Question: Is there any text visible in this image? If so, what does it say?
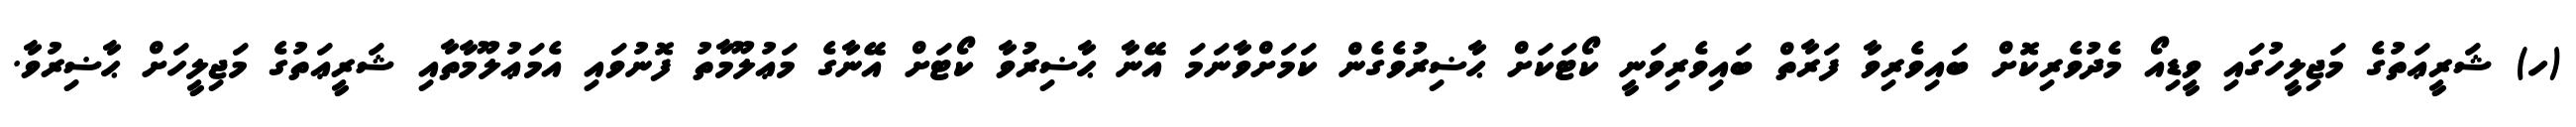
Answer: (ހ) ޝަރީޢަތުގެ މަޖިލީހުގައި ވީޑިއޯ މެދުވެރިކޮށް ބައިވެރިވާ ފަރާތް ބައިވެރިވަނީ ކޯޓަކަށް ޙާޟިރުވެގެން ކަމަށްވާނަމަ އޭނާ ޙާޟިރުވާ ކޯޓަށް އޭނާގެ މަޢުލޫމާތު ފޮނުވައި އެމަޢުލޫމާތާއި ޝަރީޢަތުގެ މަޖިލީހަށް ޙާޟިރުވާ.